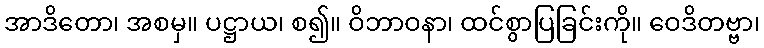
အာဒိတော၊ အစမှ။ ပဋ္ဌာယ၊ စ၍။ ဝိဘာဝနာ၊ ထင်စွာပြခြင်းကို။ ဝေဒိတဗ္ဗာ၊